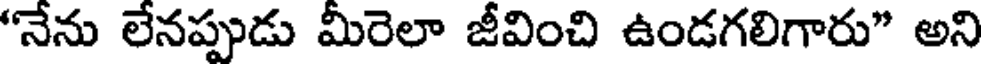
"నేను లేనప్పుడు మీరెలా జీవించి ఉండగలిగారు" అని